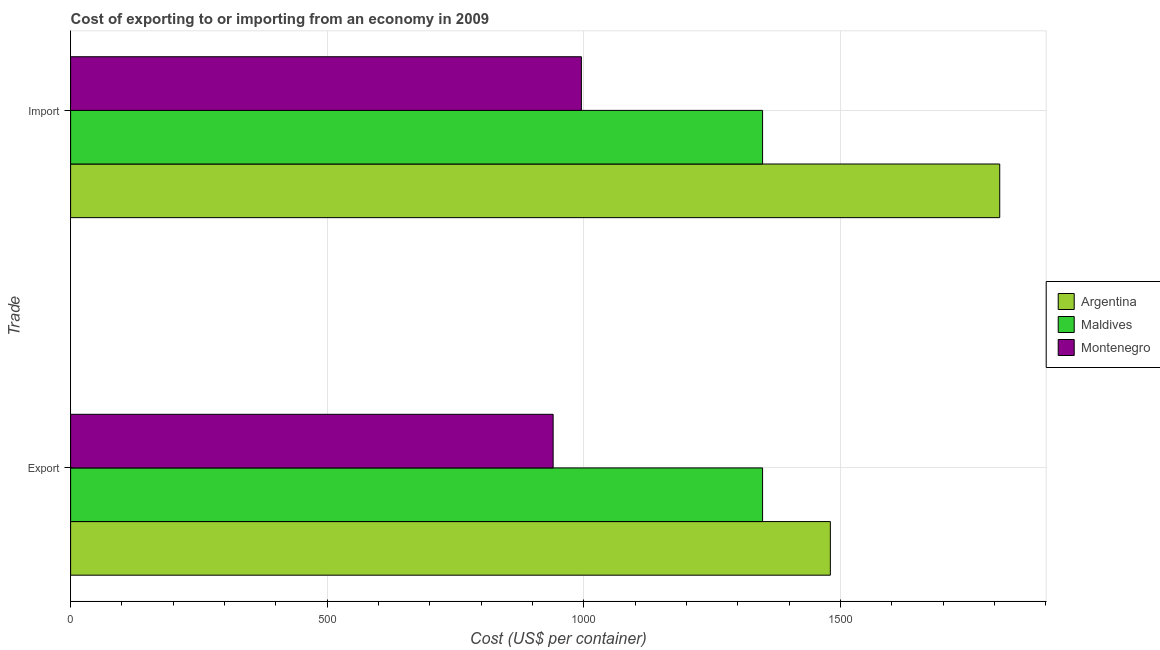
| Trade | Argentina | Maldives | Montenegro |
 | --- | --- | --- | --- |
 | Export | 1.48e+03 | 1.35e+03 | 940 |
 | Import | 1.81e+03 | 1.35e+03 | 995 |